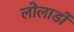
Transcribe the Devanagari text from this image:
लोलाडों